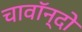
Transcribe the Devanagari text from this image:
चावॉन्दो